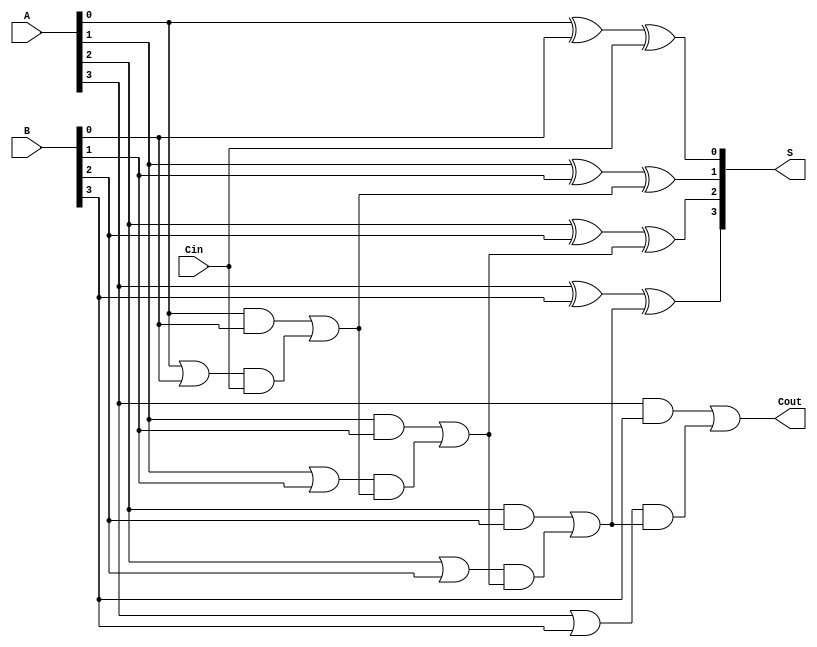
module RCLA #(parameter N = 4) (
    input  [N-1:0] A,      // First operand
    input  [N-1:0] B,      // Second operand
    input         Cin,      // Carry-in
    output [N-1:0] S,       // Sum output
    output        Cout      // Carry-out
);
    
    // Generate and propagate signals
    wire [N-1:0] G; // Generate signals
    wire [N-1:0] P; // Propagate signals
    wire [N:0] C;   // Carry signals (C[0] = Cin)

    // Generate and propagate calculations
    genvar i;
    generate
        for (i = 0; i < N; i = i + 1) begin : gen_and_prop
            assign G[i] = A[i] & B[i];    // Generate
            assign P[i] = A[i] | B[i];    // Propagate
        end
    endgenerate

    // Carry calculations
    assign C[0] = Cin; // Initial carry-in
    generate
        for (i = 0; i < N; i = i + 1) begin : carry_calc
            if (i == 0) begin
                assign C[i+1] = G[i] | (P[i] & C[i]);
            end else begin
                assign C[i+1] = G[i] | (P[i] & C[i]);
            end
        end
    endgenerate

    // Sum calculations
    generate
        for (i = 0; i < N; i = i + 1) begin : sum_calc
            assign S[i] = A[i] ^ B[i] ^ C[i]; // Sum output
        end
    endgenerate

    // Final carry-out
    assign Cout = C[N]; // Carry-out is the last carry signal

endmodule